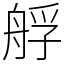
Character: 艀